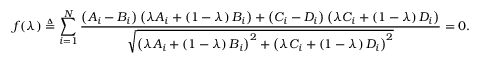
f ( \lambda ) \triangleq \sum _ { i = 1 } ^ { N } \frac { \left( A _ { i } - B _ { i } \right) \left( \lambda A _ { i } + \left( 1 - \lambda \right) B _ { i } \right) + \left( C _ { i } - D _ { i } \right) \left( \lambda C _ { i } + \left( 1 - \lambda \right) D _ { i } \right) } { \sqrt { \left( \lambda A _ { i } + \left( 1 - \lambda \right) B _ { i } \right) ^ { 2 } + \left( \lambda C _ { i } + \left( 1 - \lambda \right) D _ { i } \right) ^ { 2 } } } = 0 .